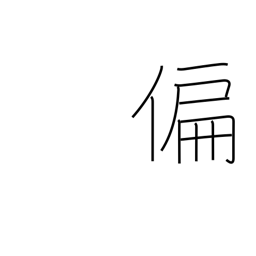
Meaning: partial